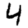
Digit: 4